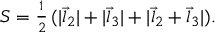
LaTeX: S = { \textstyle { \frac { 1 } { 2 } } } \, ( | \vec { l } _ { 2 } | + | \vec { l } _ { 3 } | + | \vec { l } _ { 2 } + \vec { l } _ { 3 } | ) .